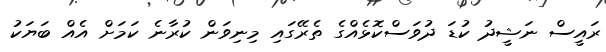
ރައީސް ނަޝީދު ކުޑަ ދުވަސްކޮޅެއްގެ ތެރޭގައި މިނިވަން ކުރާނެ ކަމަށް އެއް ބަޔަކު